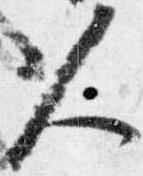
人